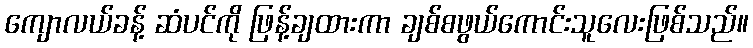
ကျောလယ်ခန့် ဆံပင်ကို ဖြန့်ချထားကာ ချစ်စဖွယ်ကောင်းသူလေးဖြစ်သည်။